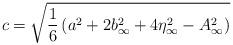
LaTeX: \begin{align*}c=\sqrt{\frac{1}{6}\left(a^2+2b^2_\infty+4\eta_\infty^2-A_\infty^2\right)}\end{align*}